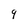
Character: 9